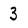
Character: 3